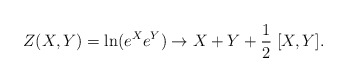
\begin{align*}Z(X,Y)=\ln( e^X e^Y ) \to X + Y + {1\over2}\;[X,Y].\end{align*}